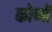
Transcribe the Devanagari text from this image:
कोणीं